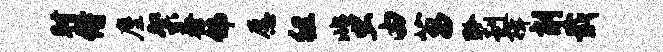
肘侍麈粲泰佛愿徂蜚由菖黔赳揖削戢